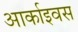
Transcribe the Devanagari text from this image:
आर्काइवस